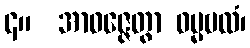
၄။  အာဝဇ္ဇေတွာ ဓမ္မဗလံ၊